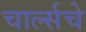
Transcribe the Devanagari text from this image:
चार्ल्सचे